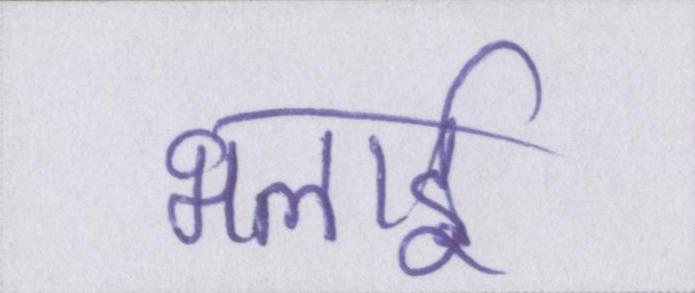
भलाई